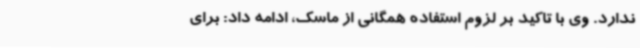
ندارد. وی با تاکید بر لزوم استفاده همگانی از ماسک، ادامه داد: برای